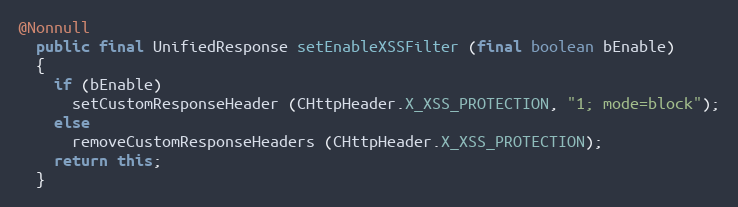
Language: Java
@Nonnull
  public final UnifiedResponse setEnableXSSFilter (final boolean bEnable)
  {
    if (bEnable)
      setCustomResponseHeader (CHttpHeader.X_XSS_PROTECTION, "1; mode=block");
    else
      removeCustomResponseHeaders (CHttpHeader.X_XSS_PROTECTION);
    return this;
  }